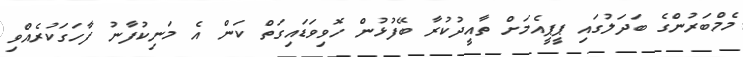
މެމްބަރުންގެ ބަދަލުގައި ޕީޕީއެމަށް ތާއީދުކުރާ ބޭފުޅުން ހޮވިވަޑައިގަތް ކަން އެ މަނިކުފާނު ފާހަގަކުރެއްވި